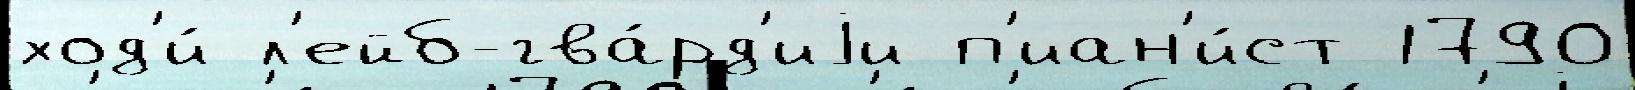
ход'и́ л'ейб-гва́рд'иjи п'иан'и́ст 1790